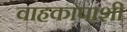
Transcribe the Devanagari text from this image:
वाहकांपाशी